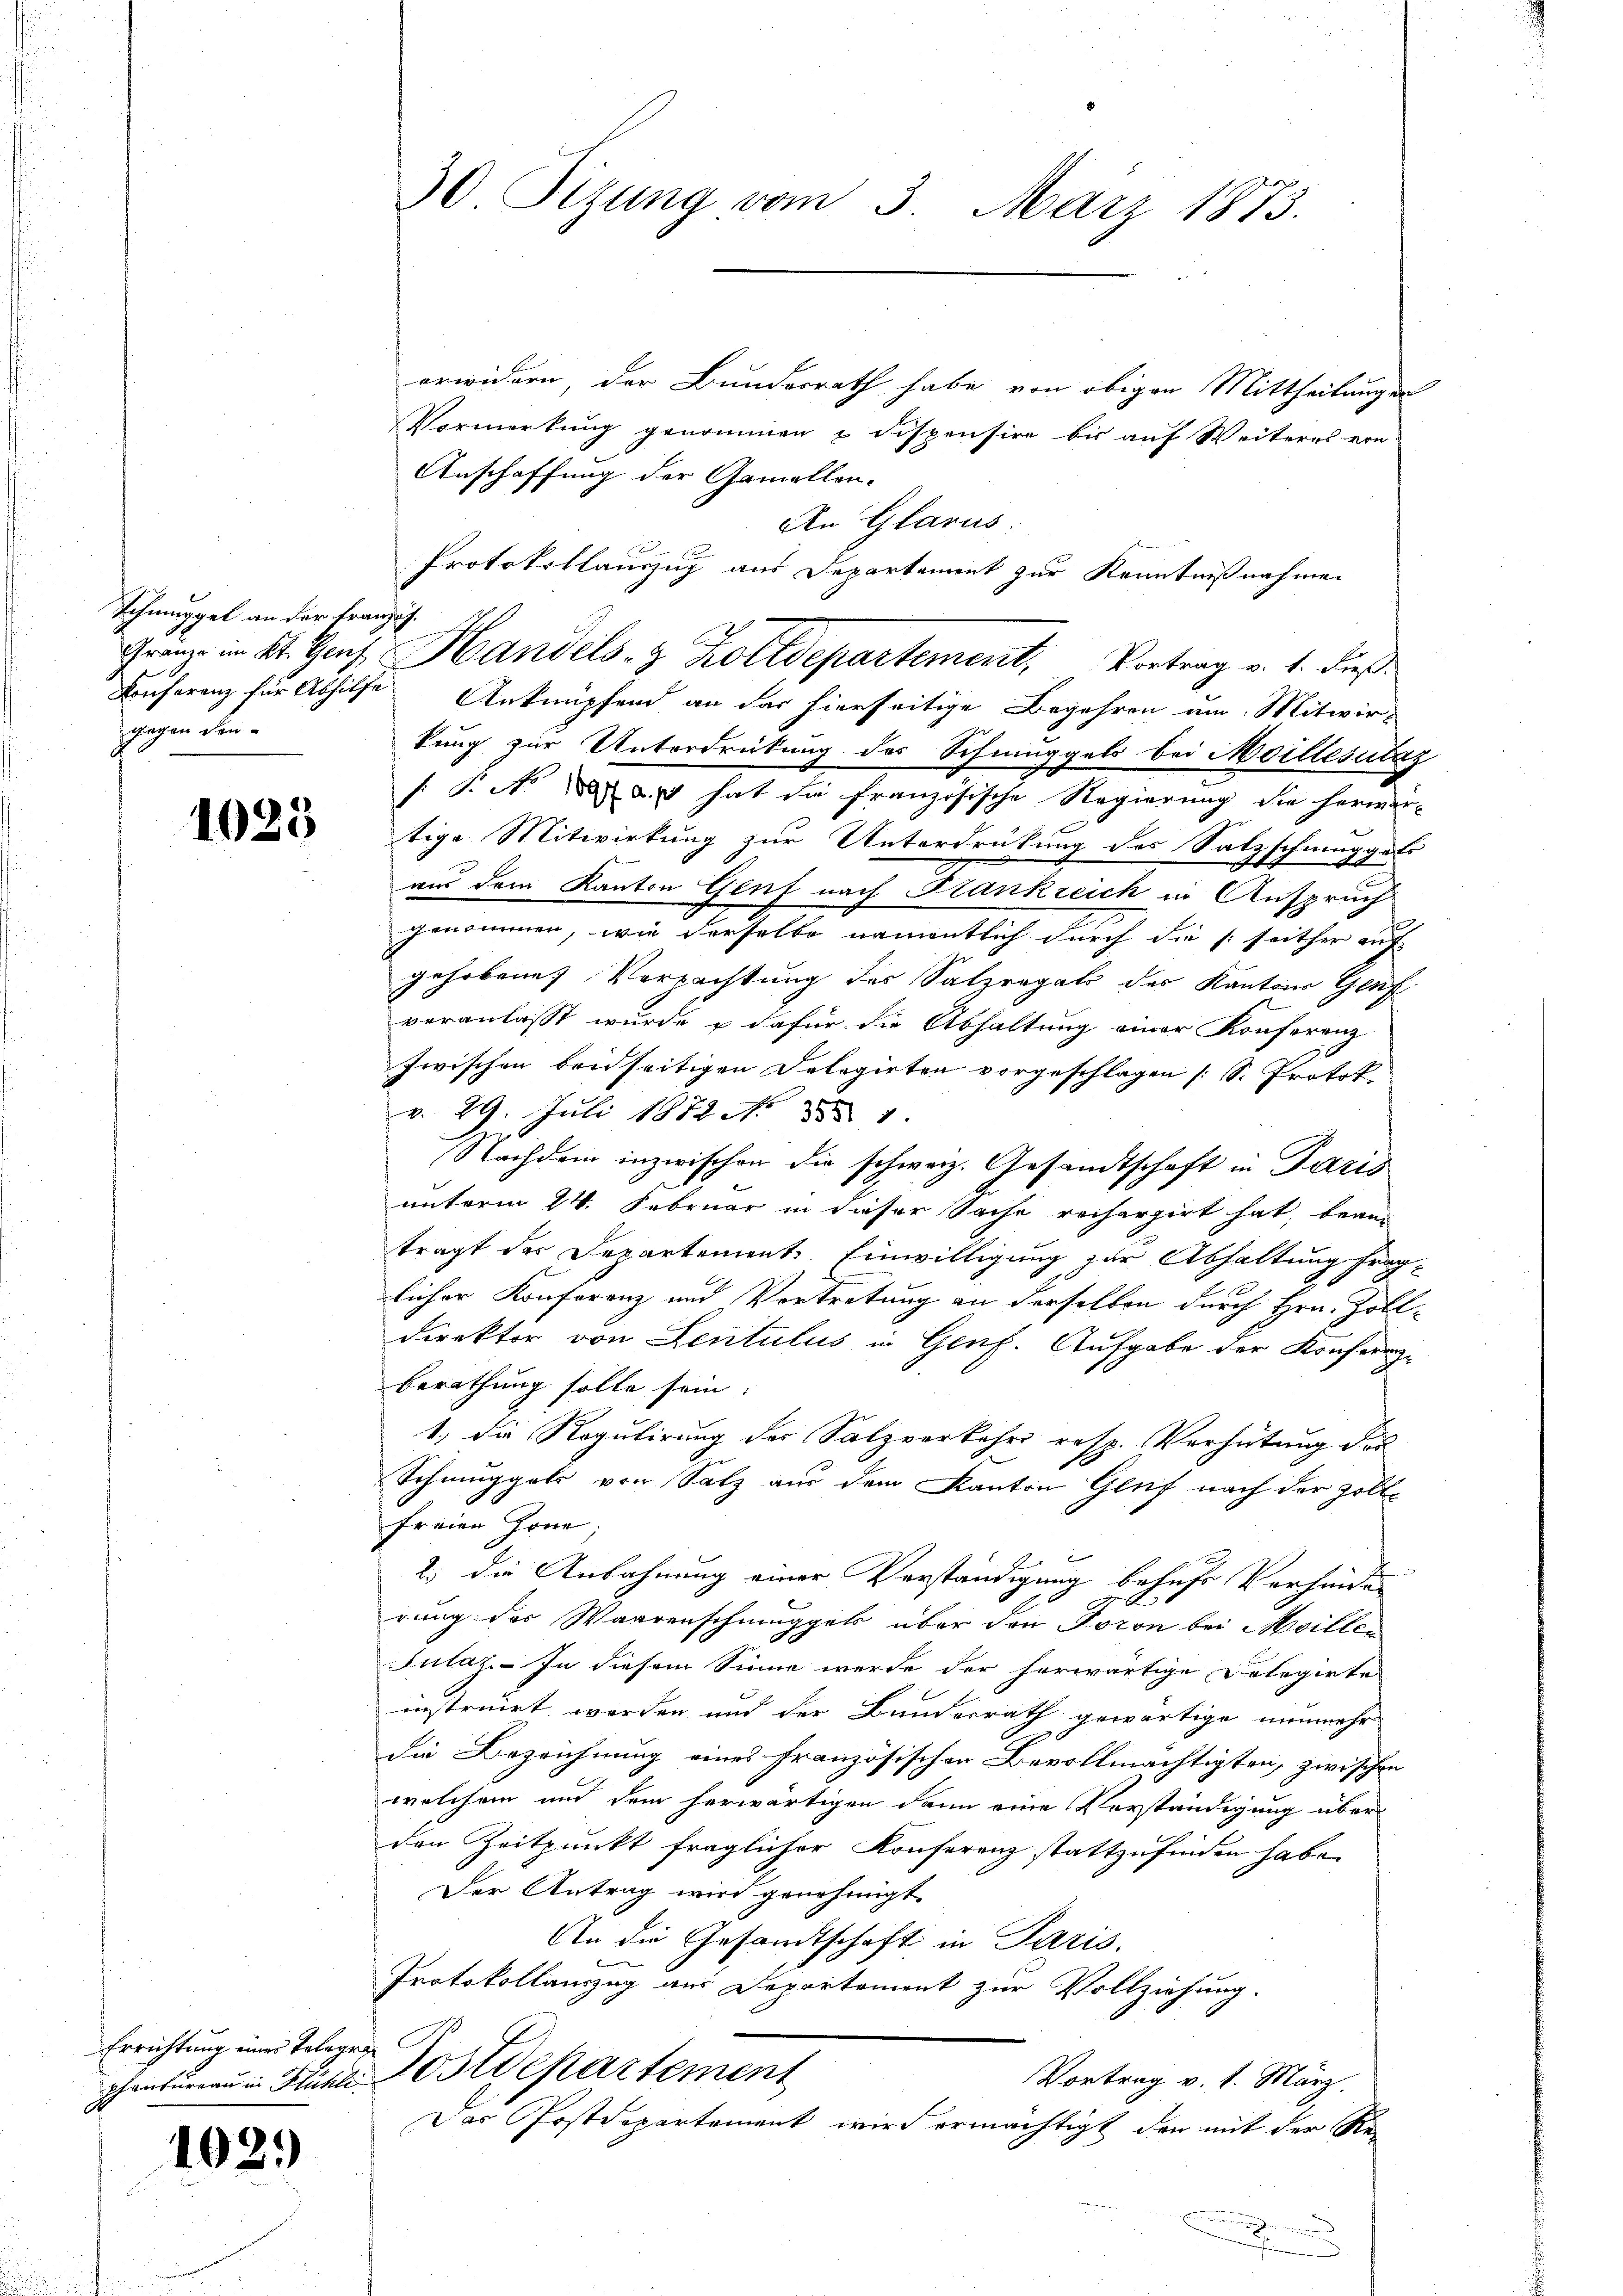
Schmuggel an der Franzig.
gegen den

1025

Errichtung eines Telegra¬

1029

30 Sizung vom 3. März 1873.

erwidern, der Bundesrath habe von obigen Mittheilungen
Vormerkung genommen u dispensire bis auf Weiteres ern
Anschaffung der Gamellen.
An Glarus.
Protokollauszug aus Departement zur Kenntnißnahmen
Conferenz für Abhilfe Anknüpfend an das hierseitige Begehren am Mitwir-
kung zur Unterdrückung des Schmuggels bei Moillésucaz
[: P. No 1888 u. hat die französische Regierung die herwär-
tige Mitwirkung zur Unterdrückung des Satzschmuggels
aus dem Kanton Genf nach Frankreich in Anspruch
genommen, wie derselbe namentlich durch die s seither auf-
gehobene Verpachtung des Salzregal des Kantons Genf
veranlasst wurde & dafür die Abhaltung einer Konferenz
zwischen beidseitigen Delegirten vorgeschlagen (S. Protok
v. 29. Juli 1872 No 24.
Nachdem inzwischen die schweiz. Gesandtschaft in Paris
unterm 24. Februar in dieser Sache rechargirt hat, bean
tragt der Departement: Einwilligung zur Abhaltung fraglicher Konferenz und Vortretung an derselben durch Hrn. Zoll-
Direktor von Lentulus in Genf. Aufgabe der Konferenz-
Berathung solle sein:
1., die Regulirung der Salzverkehr resp. Verhütung des
Schmuggats von Salz aus dem Kanton Gluf nach der Zoll-
Freien Zone;

2.) Die Anbahnung einer Verständigung behufs Vorhinde
2
rung des Waarenschninggels über den Toron bei Moille¬
Sulaz- In diesem Sinne werde der herwärtige Dolegirte
instruirt werden und der Bundesrath gewärtige nunmehr
die Bezeichnung eines französischen Bevollmächtigten, zwischen
welchem und dem herwärtigen dann eine Verständigung über
den Zeitpunkt fraglicher Konferenz stattzufinden habe.
Der Antrag wird genehmigt.
An die Gesandtschaft in Paris.
Protokollauszug aus Departement zur Vollziehung.
phenbüreaŭ in Stühle Postdepartement
Vortrag v. 1. März.
Das Postdepartement wird ermächtigt, den mit der Re-
.

Gränz in St. Genf Handels- & Zolldepartement, Vortrag v. 1. dieß